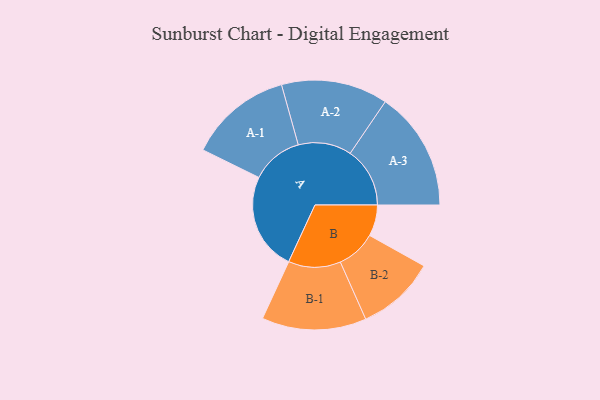
{"axis": {"x": "Segment", "y": "Value"}, "legend": ["", "A", "B"], "data": [{"x": "A", "y": 473, "type": ""}, {"x": "B", "y": 151, "type": ""}, {"x": "A-1", "y": 250, "type": "A"}, {"x": "A-2", "y": 258, "type": "A"}, {"x": "A-3", "y": 289, "type": "A"}, {"x": "B-1", "y": 253, "type": "B"}, {"x": "B-2", "y": 191, "type": "B"}]}